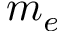
m _ { e }